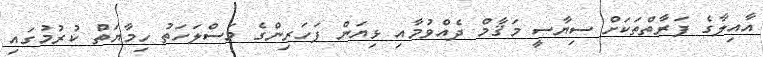
އާއިލާގެ ފަރާތްތަކަށް ސިޔާސީ މަޤާމް ދެއްވުމާއި ޅިޔަން ފަހަރިންގެ މަސްލަހަތު ހިމާޔަތް ކުރުމުގައި